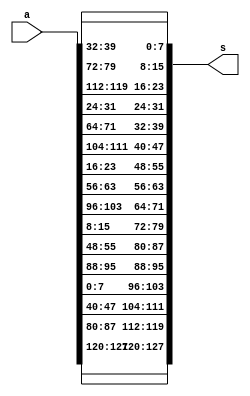
module ShiftRows(input [0:127]a,output reg[0:127]s);
always@(*)begin
s[0:7] = {a[0:7]};
s[32:39] = {a[32:39]};
s[64:71] = {a[64:71]};
s[96:103] = {a[96:103]};
//2nd row
s[8:15] = {a[40:47]};
s[40:47] = {a[72:79]};
s[72:79] = {a[104:111]};
s[104:111] = {a[8:15]};
//3rd row
s[16:23] = {a[80:87]};
s[48:55] = {a[112:119]};
s[80:87] = {a[16:23]};
s[112:119] = {a[48:55]};
//4th row
s[24:31] = {a[120:127]};
s[56:63] = {a[24:31]};
s[88:95] = {a[56:63]};
s[120:127] = {a[88:95]};
end
endmodule

module encrypt#(parameter nk=4,parameter nr=10,parameter n=128)(in ,out,key_e); 
 // nb*(nr+1) words where nb always = 4 and 1 word = 4 bytes = 32 bit so 32*4=128
input [127:0] in;
output[127:0] out;
input [n-1:0] key_e;

function [0:127] SubBytes(input [0:7]
s00,s01,s02,s03,
s10,s11,s12,s13,
s20,s21,s22,s23,
s30,s31,s32,s33
 );
 
reg [0:7]ss00,ss01,ss02,ss03;
reg [0:7]ss10,ss11,ss12,ss13;
reg [0:7]ss20,ss21,ss22,ss23;
reg [0:7]ss30,ss31,ss32,ss33;

begin 
 

 ss00 =c(s00); ss01 =c(s01); ss02=c(s02); ss03=c(s03);
 ss10 =c(s00); ss11 =c(s01); ss12=c(s02); ss13=c(s03);
 ss20 =c(s00); ss21 =c(s01); ss22=c(s02); ss23=c(s03);
 ss30 =c(s00); ss31 =c(s01); ss32=c(s02); ss33=c(s03);

 SubBytes[0:7]=ss00;      SubBytes[8:15]=ss01;    SubBytes[16:23]=ss02;    SubBytes[24:31]=ss03;
 SubBytes[32:39]=ss10;    SubBytes[40:47]=ss11;   SubBytes[48:55]=ss12;    SubBytes[56:63]=ss13;
 SubBytes[64:71]=ss20;    SubBytes[72:79]=ss21;    SubBytes[80:87]=ss22;    SubBytes[88:95]=ss23;
 SubBytes[96:103]=ss30;   SubBytes[104:111]=ss31; SubBytes[112:119]=ss32;  SubBytes[120:127]=ss33;



end
endfunction

function [0:7]c (input [0:7] a);
begin    
    
    case (a)
      8'h00: c=8'h63;
	   8'h01: c=8'h7c;
	   8'h02: c=8'h77;
	   8'h03: c=8'h7b;
	   8'h04: c=8'hf2;
	   8'h05: c=8'h6b;
	   8'h06: c=8'h6f;
	   8'h07: c=8'hc5;
	   8'h08: c=8'h30;
	   8'h09: c=8'h01;
	   8'h0a: c=8'h67;
	   8'h0b: c=8'h2b;
	   8'h0c: c=8'hfe;
	   8'h0d: c=8'hd7;
	   8'h0e: c=8'hab;
	   8'h0f: c=8'h76;
	   8'h10: c=8'hca;
	   8'h11: c=8'h82;
	   8'h12: c=8'hc9;
	   8'h13: c=8'h7d;
	   8'h14: c=8'hfa;
	   8'h15: c=8'h59;
	   8'h16: c=8'h47;
	   8'h17: c=8'hf0;
	   8'h18: c=8'had;
	   8'h19: c=8'hd4;
	   8'h1a: c=8'ha2;
	   8'h1b: c=8'haf;
	   8'h1c: c=8'h9c;
	   8'h1d: c=8'ha4;
	   8'h1e: c=8'h72;
	   8'h1f: c=8'hc0;
	   8'h20: c=8'hb7;
	   8'h21: c=8'hfd;
	   8'h22: c=8'h93;
	   8'h23: c=8'h26;
	   8'h24: c=8'h36;
	   8'h25: c=8'h3f;
	   8'h26: c=8'hf7;
	   8'h27: c=8'hcc;
	   8'h28: c=8'h34;
	   8'h29: c=8'ha5;
	   8'h2a: c=8'he5;
	   8'h2b: c=8'hf1;
	   8'h2c: c=8'h71;
	   8'h2d: c=8'hd8;
	   8'h2e: c=8'h31;
	   8'h2f: c=8'h15;
	   8'h30: c=8'h04;
	   8'h31: c=8'hc7;
	   8'h32: c=8'h23;
	   8'h33: c=8'hc3;
	   8'h34: c=8'h18;
	   8'h35: c=8'h96;
	   8'h36: c=8'h05;
	   8'h37: c=8'h9a;
	   8'h38: c=8'h07;
	   8'h39: c=8'h12;
	   8'h3a: c=8'h80;
	   8'h3b: c=8'he2;
	   8'h3c: c=8'heb;
	   8'h3d: c=8'h27;
	   8'h3e: c=8'hb2;
	   8'h3f: c=8'h75;
	   8'h40: c=8'h09;
	   8'h41: c=8'h83;
	   8'h42: c=8'h2c;
	   8'h43: c=8'h1a;
	   8'h44: c=8'h1b;
	   8'h45: c=8'h6e;
	   8'h46: c=8'h5a;
	   8'h47: c=8'ha0;
	   8'h48: c=8'h52;
	   8'h49: c=8'h3b;
	   8'h4a: c=8'hd6;
	   8'h4b: c=8'hb3;
	   8'h4c: c=8'h29;
	   8'h4d: c=8'he3;
	   8'h4e: c=8'h2f;
	   8'h4f: c=8'h84;
	   8'h50: c=8'h53;
	   8'h51: c=8'hd1;
	   8'h52: c=8'h00;
	   8'h53: c=8'hed;
	   8'h54: c=8'h20;
	   8'h55: c=8'hfc;
	   8'h56: c=8'hb1;
	   8'h57: c=8'h5b;
	   8'h58: c=8'h6a;
	   8'h59: c=8'hcb;
	   8'h5a: c=8'hbe;
	   8'h5b: c=8'h39;
	   8'h5c: c=8'h4a;
	   8'h5d: c=8'h4c;
	   8'h5e: c=8'h58;
	   8'h5f: c=8'hcf;
	   8'h60: c=8'hd0;
	   8'h61: c=8'hef;
	   8'h62: c=8'haa;
	   8'h63: c=8'hfb;
	   8'h64: c=8'h43;
	   8'h65: c=8'h4d;
	   8'h66: c=8'h33;
	   8'h67: c=8'h85;
	   8'h68: c=8'h45;
	   8'h69: c=8'hf9;
	   8'h6a: c=8'h02;
	   8'h6b: c=8'h7f;
	   8'h6c: c=8'h50;
	   8'h6d: c=8'h3c;
	   8'h6e: c=8'h9f;
	   8'h6f: c=8'ha8;
	   8'h70: c=8'h51;
	   8'h71: c=8'ha3;
	   8'h72: c=8'h40;
	   8'h73: c=8'h8f;
	   8'h74: c=8'h92;
	   8'h75: c=8'h9d;
	   8'h76: c=8'h38;
	   8'h77: c=8'hf5;
	   8'h78: c=8'hbc;
	   8'h79: c=8'hb6;
	   8'h7a: c=8'hda;
	   8'h7b: c=8'h21;
	   8'h7c: c=8'h10;
	   8'h7d: c=8'hff;
	   8'h7e: c=8'hf3;
	   8'h7f: c=8'hd2;
	   8'h80: c=8'hcd;
	   8'h81: c=8'h0c;
	   8'h82: c=8'h13;
	   8'h83: c=8'hec;
	   8'h84: c=8'h5f;
	   8'h85: c=8'h97;
	   8'h86: c=8'h44;
	   8'h87: c=8'h17;
	   8'h88: c=8'hc4;
	   8'h89: c=8'ha7;
	   8'h8a: c=8'h7e;
	   8'h8b: c=8'h3d;
	   8'h8c: c=8'h64;
	   8'h8d: c=8'h5d;
	   8'h8e: c=8'h19;
	   8'h8f: c=8'h73;
	   8'h90: c=8'h60;
	   8'h91: c=8'h81;
	   8'h92: c=8'h4f;
	   8'h93: c=8'hdc;
	   8'h94: c=8'h22;
	   8'h95: c=8'h2a;
	   8'h96: c=8'h90;
	   8'h97: c=8'h88;
	   8'h98: c=8'h46;
	   8'h99: c=8'hee;
	   8'h9a: c=8'hb8;
	   8'h9b: c=8'h14;
	   8'h9c: c=8'hde;
	   8'h9d: c=8'h5e;
	   8'h9e: c=8'h0b;
	   8'h9f: c=8'hdb;
	   8'ha0: c=8'he0;
	   8'ha1: c=8'h32;
	   8'ha2: c=8'h3a;
	   8'ha3: c=8'h0a;
	   8'ha4: c=8'h49;
	   8'ha5: c=8'h06;
	   8'ha6: c=8'h24;
	   8'ha7: c=8'h5c;
	   8'ha8: c=8'hc2;
	   8'ha9: c=8'hd3;
	   8'haa: c=8'hac;
	   8'hab: c=8'h62;
	   8'hac: c=8'h91;
	   8'had: c=8'h95;
	   8'hae: c=8'he4;
	   8'haf: c=8'h79;
	   8'hb0: c=8'he7;
	   8'hb1: c=8'hc8;
	   8'hb2: c=8'h37;
	   8'hb3: c=8'h6d;
	   8'hb4: c=8'h8d;
	   8'hb5: c=8'hd5;
	   8'hb6: c=8'h4e;
	   8'hb7: c=8'ha9;
	   8'hb8: c=8'h6c;
	   8'hb9: c=8'h56;
	   8'hba: c=8'hf4;
	   8'hbb: c=8'hea;
	   8'hbc: c=8'h65;
	   8'hbd: c=8'h7a;
	   8'hbe: c=8'hae;
	   8'hbf: c=8'h08;
	   8'hc0: c=8'hba;
	   8'hc1: c=8'h78;
	   8'hc2: c=8'h25;
	   8'hc3: c=8'h2e;
	   8'hc4: c=8'h1c;
	   8'hc5: c=8'ha6;
	   8'hc6: c=8'hb4;
	   8'hc7: c=8'hc6;
	   8'hc8: c=8'he8;
	   8'hc9: c=8'hdd;
	   8'hca: c=8'h74;
	   8'hcb: c=8'h1f;
	   8'hcc: c=8'h4b;
	   8'hcd: c=8'hbd;
	   8'hce: c=8'h8b;
	   8'hcf: c=8'h8a;
	   8'hd0: c=8'h70;
	   8'hd1: c=8'h3e;
	   8'hd2: c=8'hb5;
	   8'hd3: c=8'h66;
	   8'hd4: c=8'h48;
	   8'hd5: c=8'h03;
	   8'hd6: c=8'hf6;
	   8'hd7: c=8'h0e;
	   8'hd8: c=8'h61;
	   8'hd9: c=8'h35;
	   8'hda: c=8'h57;
	   8'hdb: c=8'hb9;
	   8'hdc: c=8'h86;
	   8'hdd: c=8'hc1;
	   8'hde: c=8'h1d;
	   8'hdf: c=8'h9e;
	   8'he0: c=8'he1;
	   8'he1: c=8'hf8;
	   8'he2: c=8'h98;
	   8'he3: c=8'h11;
	   8'he4: c=8'h69;
	   8'he5: c=8'hd9;
	   8'he6: c=8'h8e;
	   8'he7: c=8'h94;
	   8'he8: c=8'h9b;
	   8'he9: c=8'h1e;
	   8'hea: c=8'h87;
	   8'heb: c=8'he9;
	   8'hec: c=8'hce;
	   8'hed: c=8'h55;
	   8'hee: c=8'h28;
	   8'hef: c=8'hdf;
	   8'hf0: c=8'h8c;
	   8'hf1: c=8'ha1;
	   8'hf2: c=8'h89;
	   8'hf3: c=8'h0d;
	   8'hf4: c=8'hbf;
	   8'hf5: c=8'he6;
	   8'hf6: c=8'h42;
	   8'hf7: c=8'h68;
	   8'hf8: c=8'h41;
	   8'hf9: c=8'h99;
	   8'hfa: c=8'h2d;
	   8'hfb: c=8'h0f;
	   8'hfc: c=8'hb0;
	   8'hfd: c=8'h54;
	   8'hfe: c=8'hbb;
	   8'hff: c=8'h16;
	endcase

end
endfunction

endmodule